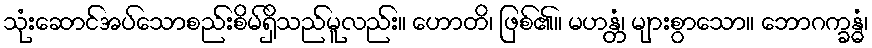
သုံးဆောင်အပ်သောစည်းစိမ်ရှိသည်မူလည်း။ ဟောတိ၊ ဖြစ်၏။ မဟန္တံ၊ များစွာသော။ ဘောဂက္ခန္ဓံ၊